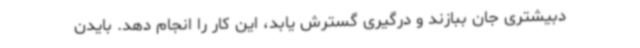
دبیشتری جان ببازند و درگیری گسترش یابد، این کار را انجام دهد. بایدن